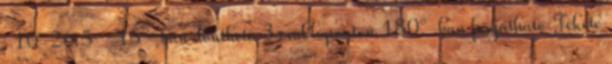
. 10-26 5 -15°-ban dönthető 3 csuklóponton 180°-ban forgatható Fekete